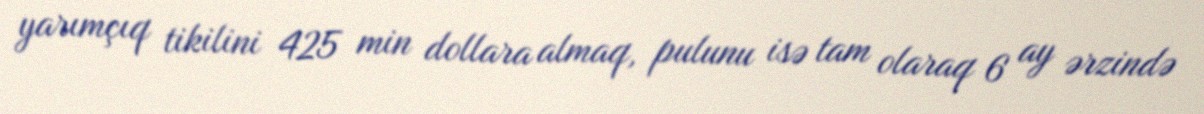
yarımçıq tikilini 425 min dollara almaq, pulunu isə tam olaraq 6 ay ərzində